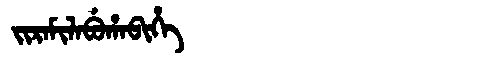
Manchu: ᠵᡳᡵᠠᠮᡳᠯᠠᠪᡠᡥᠠᠪᡳᡥᡝ
Romanization: JIRAMILABUHABIHE